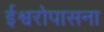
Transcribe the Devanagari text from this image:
ईश्वरोपासना